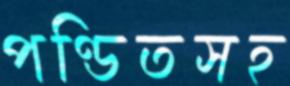
পণ্ডিতসহ